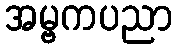
အမ္ဗကပညာ